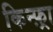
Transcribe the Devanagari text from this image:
किन्फ़्रा